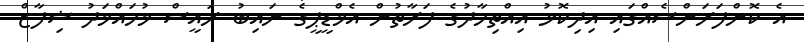
އެ ކޮންފަރަންސެއްގައި އިދިކޮޅު އިއްތިހާދުގެ ފަރާތުން އެމްޑީޕީގެ ނައިބު ރައީސް މުހައްމަދު ޝިފާޒް